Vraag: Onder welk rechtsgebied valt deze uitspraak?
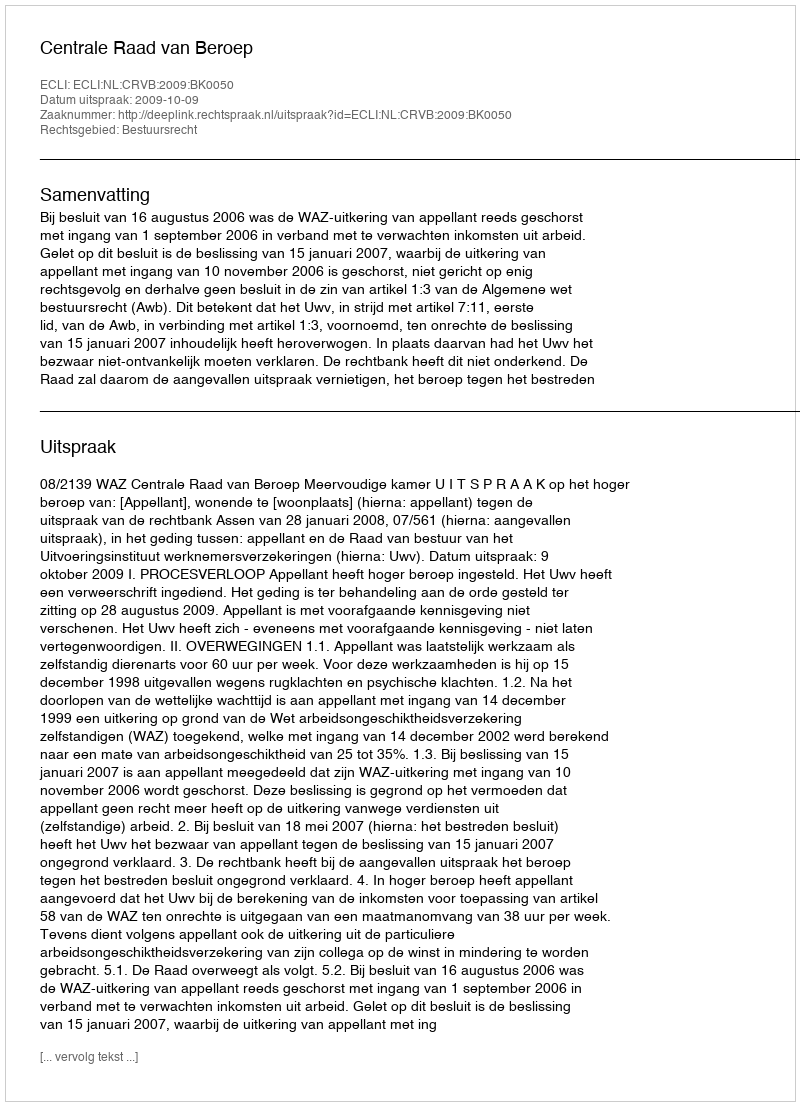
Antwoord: Bestuursrecht